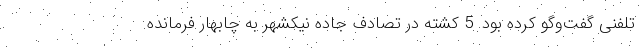
تلفنی گفت‌وگو کرده بود. 5 کشته در تصادف جاده نیکشهر به چابهار فرمانده